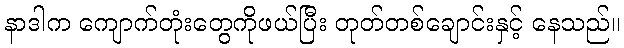
နာဒါက ကျောက်တုံးတွေကိုဖယ်ပြီး တုတ်တစ်ချောင်းနှင့် နေသည်။